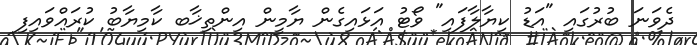
ދެވަނަ ބުރުގައި "އަޑު ކިޔާލާފައި" ވޯޓު އަޅައިގެން ޔާމީން އިންތިޚާބ ކާމިޔާބު ކުރައްވައިފި